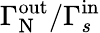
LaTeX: \Gamma_{\mathrm{N}}^{\mathrm{out}}/\Gamma_{s}^{\mathrm{in}}